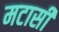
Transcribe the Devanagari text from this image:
मटासी